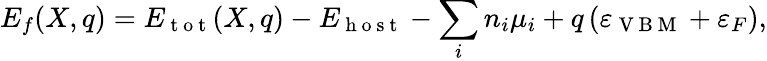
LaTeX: E_{f}(X,q)=E_{\mathrm{~t~o~t~}}(X,q)-E_{\mathrm{~h~o~s~t~}}-\sum_{i}n_{i}\mu_{i}+q\left(\varepsilon_{\mathrm{~V~B~M~}}+\varepsilon_{F}\right),